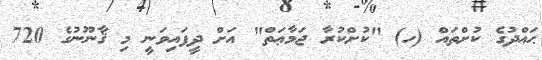
ޙައްދުގެ ކުށްތައް (ހ) "ކުށްކުރާ ޖަމާޢަތް" އަށް ދީފައިވަނީ މި ޤާނޫނުގެ 720